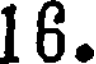
16.